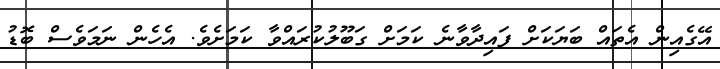
އޭގެއިން އެތައް ބަޔަކަށް ފައިދާވާނެ ކަމަށް ގަބޫލުކުރައްވާ ކަމަށެވެ. އެހެން ނަމަވެސް ބޮޑު